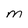
Character: m